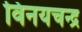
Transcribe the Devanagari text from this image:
विनयचन्द्र